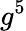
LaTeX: g^{5}